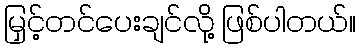
မြှင့်တင်ပေးချင်လို့ ဖြစ်ပါတယ်။